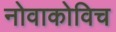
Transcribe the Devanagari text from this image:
नोवाकोविच